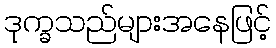
ဒုက္ခသည်များအနေဖြင့်